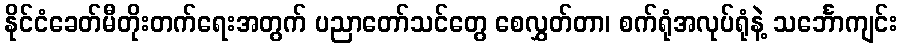
နိုင်ငံခေတ်မီတိုးတက်ရေးအတွက် ပညာတော်သင်တွေ စေလွှတ်တာ၊ စက်ရုံအလုပ်ရုံနဲ့ သင်္ဘောကျင်း